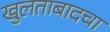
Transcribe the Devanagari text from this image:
खुलताबादचा